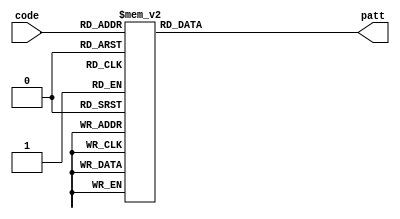
`timescale 1ns / 1ps

module Pattern(code, patt);
    input [3:0] code;
    output reg [7:0] patt;

    parameter num00 = 4'b0000;
    parameter num01 = 4'b0001;
    parameter num02 = 4'b0010;
    parameter num03 = 4'b0011;
    parameter num04 = 4'b0100;
    parameter num05 = 4'b0101;
    parameter num06 = 4'b0110;
    parameter num07 = 4'b0111;
    parameter num08 = 4'b1000;
    parameter num09 = 4'b1001;
    parameter num10 = 4'b1010;
    parameter num11 = 4'b1011;
    parameter num12 = 4'b1100;
    parameter num13 = 4'b1101;
    parameter num14 = 4'b1110;
    parameter num15 = 4'b1111;
    parameter dec00 = 8'b11000000;
    parameter dec01 = 8'b11111001;
    parameter dec02 = 8'b10100100;
    parameter dec03 = 8'b10110000;
    parameter dec04 = 8'b10011001;
    parameter dec05 = 8'b10010010;
    // 01001001  10010010
    parameter dec06 = 8'b10000010;
    parameter dec07 = 8'b11111000;
    parameter dec08 = 8'b10000000;
    parameter dec09 = 8'b10010000;
    parameter dec10 = 8'b10001000;
    parameter dec11 = 8'b10000011;
    parameter dec12 = 8'b11000110;
    parameter dec13 = 8'b10100001;
    parameter dec14 = 8'b10000110;
    parameter dec15 = 8'b10001110;

    
    always @(code)
    begin
        case(code)
        num00: patt = dec00;
        num01: patt = dec01;
        num02: patt = dec02;
        num03: patt = dec03;
        num04: patt = dec04;
        num05: patt = dec05;
        num06: patt = dec06;
        num07: patt = dec07;
        num08: patt = dec08;
        num09: patt = dec09;
        num10: patt = dec10;
        num11: patt = dec11;
        num12: patt = dec12;
        num13: patt = dec13;
        num14: patt = dec14;
        num15: patt = dec15;
        default: patt = 8'b11111111;
        endcase
    end
    
endmodule